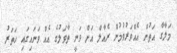
މަލާގާ އަތުން އެއްވަރުވުމުން ރެއާލް އަށް ވަނީ ތާވަލުގެ އެއް ވަނައިގައި ހަތަރު